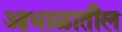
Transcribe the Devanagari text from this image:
आभाळातील